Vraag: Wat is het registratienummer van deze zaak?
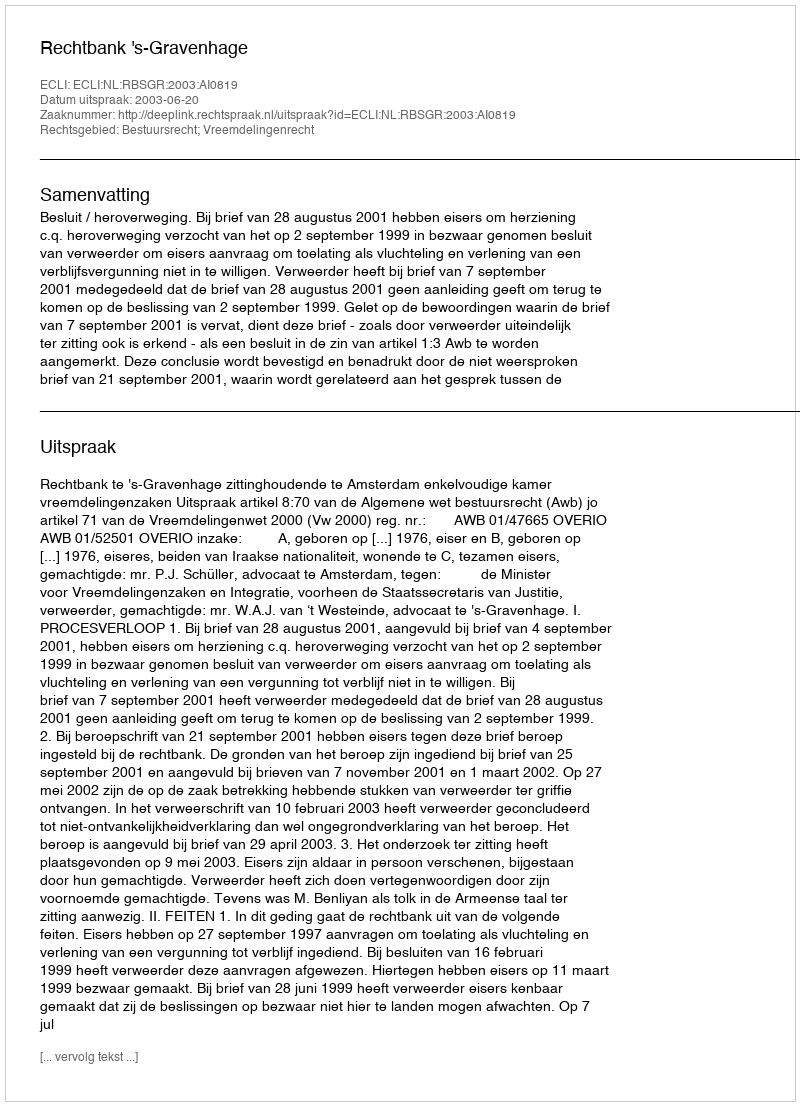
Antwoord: http://deeplink.rechtspraak.nl/uitspraak?id=ECLI:NL:RBSGR:2003:AI0819